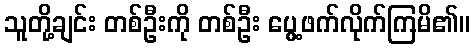
သူတို့ချင်း တစ်ဦးကို တစ်ဦး ပွေ့ဖက်လိုက်ကြမိ၏။